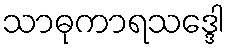
သာဓုကာရသဒ္ဒေါ